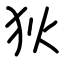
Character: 狄